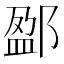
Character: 𨜏